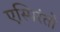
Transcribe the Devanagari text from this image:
एस्पिरंतो